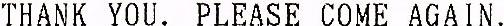
THANK YOU. PLEASE COME AGAIN.